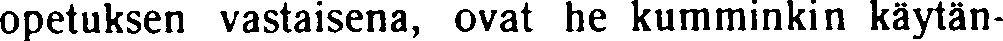
opetuksen vastaisena, ovat he kumminkin käytän-